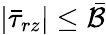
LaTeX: |\bar{\tau}_{rz}|\leq\bar{\mathcal{B}}